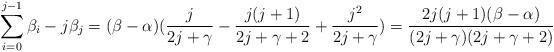
LaTeX: \begin{align*}\sum_{i=0}^{j-1} \beta_i -j\beta_j = (\beta-\alpha)(\frac{j}{2j+\gamma} - \frac{j(j+1)}{2j+\gamma+2} + \frac{j^2}{2j+\gamma} ) = \frac{2j(j+1)(\beta-\alpha)}{(2j+\gamma)(2j+\gamma+2)}\end{align*}